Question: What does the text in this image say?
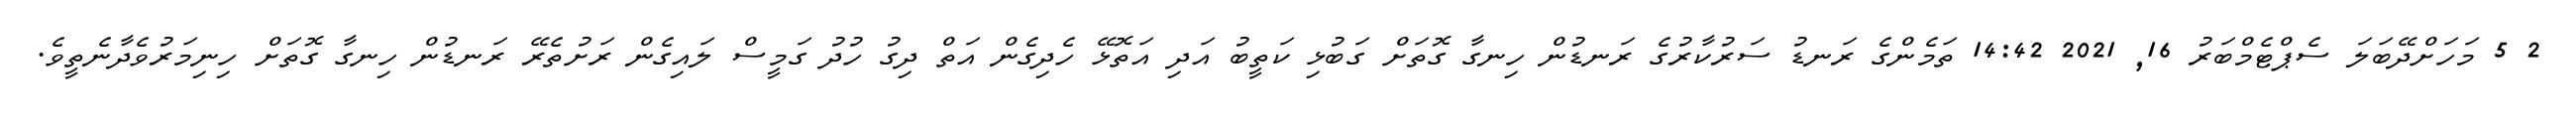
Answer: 2 5 މަހަށްދޭބަލަ ސެޕްޓެމްބަރު 16, 2021 14:42 ތަމެންގެ ރަނޑު ސަރުކާރުގެ ރަނޑުން ހިނގާ ގޮތަށް ގަބުޅި ކަތީބު އަދި އަތޮޅޭ ހެދިގެން އަތް ދިގު ހުދު ގަމީސް ލައިގެން ރަށުތެރޭ ރަނޑުން ހިނގާ ގޮތަށް ހިނިމަރުވެދާނެތީވެ.